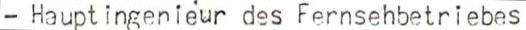
- Hauptingenieur des Fernsehbetriebes